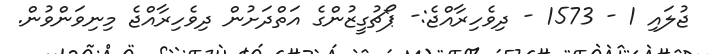
ޖުލައި 1 - 1573 - ދިވެހިރާއްޖެ:- ޕޯޗުގީޒުންގެ އަތްދަށުން ދިވެހިރާއްޖެ މިނިވަންވުން.